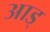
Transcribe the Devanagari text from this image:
आड्